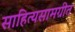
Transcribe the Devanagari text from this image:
साहित्यसामग्रीत